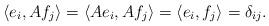
LaTeX: \begin{align*}\langle e_{i}, Af_{j} \rangle = \langle Ae_{i}, Af_{j} \rangle = \langle e_{i}, f_{j} \rangle = \delta_{ij}.\end{align*}